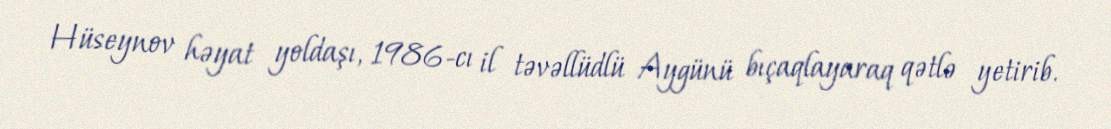
Hüseynov həyat yoldaşı, 1986-cı il təvəllüdlü Aygünü bıçaqlayaraq qətlə yetirib.